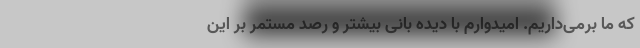
که ما برمی‌‌داریم. امیدوارم با دیده بانی بیشتر و رصد مستمر بر این